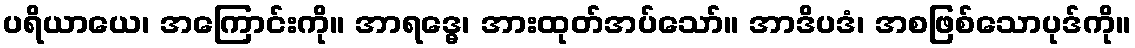
ပရိယာယေ၊ အကြောင်းကို။ အာရဒ္ဓေ၊ အားထုတ်အပ်သော်။ အာဒိပဒံ၊ အစဖြစ်သောပုဒ်ကို။